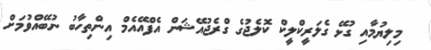
މިލިޔުމާއި ގުޅޭ ގެލަރީކްލީކް ކޮލެޖުގެ ގްރެޖުއޭޝަން އެފްއޭއެމް އިންތިހާބު ނުބޭއްވުމަށް